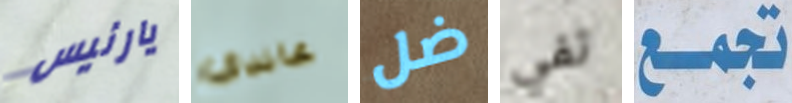
يارئيس غاندي ضل تفي تجمع